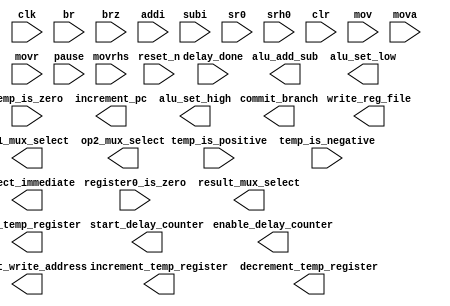
module control_fsm (
	input clk, reset_n,
	// Status inputs
	input br, brz, addi, subi, sr0, srh0, clr, mov, mova, movr, movrhs, pause,
	input delay_done,
	input temp_is_positive, temp_is_negative, temp_is_zero,
	input register0_is_zero,
	// Control signal outputs
	output reg write_reg_file,
	output reg result_mux_select,
	output reg [1:0] op1_mux_select, op2_mux_select,
	output reg start_delay_counter, enable_delay_counter,
	output reg commit_branch, increment_pc,
	output reg alu_add_sub, alu_set_low, alu_set_high,
	output reg load_temp_register, increment_temp_register, decrement_temp_register,
	output reg [1:0] select_immediate,
	output reg [1:0] select_write_address
	
);
parameter RESET=5'b00000, FETCH=5'b00001, DECODE=5'b00010,
			BR=5'b00011, BRZ=5'b00100, ADDI=5'b00101, SUBI=5'b00110, SR0=5'b00111,
			SRH0=5'b01000, CLR=5'b01001, MOV=5'b01010, MOVA=5'b01011,
			MOVR=5'b01100, MOVRHS=5'b01101, PAUSE=5'b01110, MOVR_STAGE2=5'b01111,
			MOVR_DELAY=5'b10000, MOVRHS_STAGE2=5'b10001, MOVRHS_DELAY=5'b10010,
			PAUSE_DELAY=5'b10011;

reg [4:0] state;
reg [4:0] next_state_logic; // NOT REALLY A REGISTER!!!

// Next state logic


// State register


// Output logic


endmodule